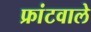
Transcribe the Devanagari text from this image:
फ्रांटवाले